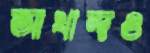
আখান্দও